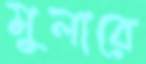
মুলারে